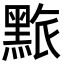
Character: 𪑄